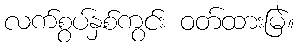
လက်စွပ်နှစ်ကွင်း ဝတ်ထားမြဲ။